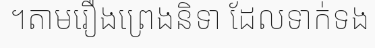
។តាមរឿងព្រេងនិទា ដែលទាក់ទង